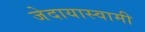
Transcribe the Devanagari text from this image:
जेदायास्वामी